Civil Veterinary Dept. Assam report 1927-50 - 1927-1950
Year: 1927
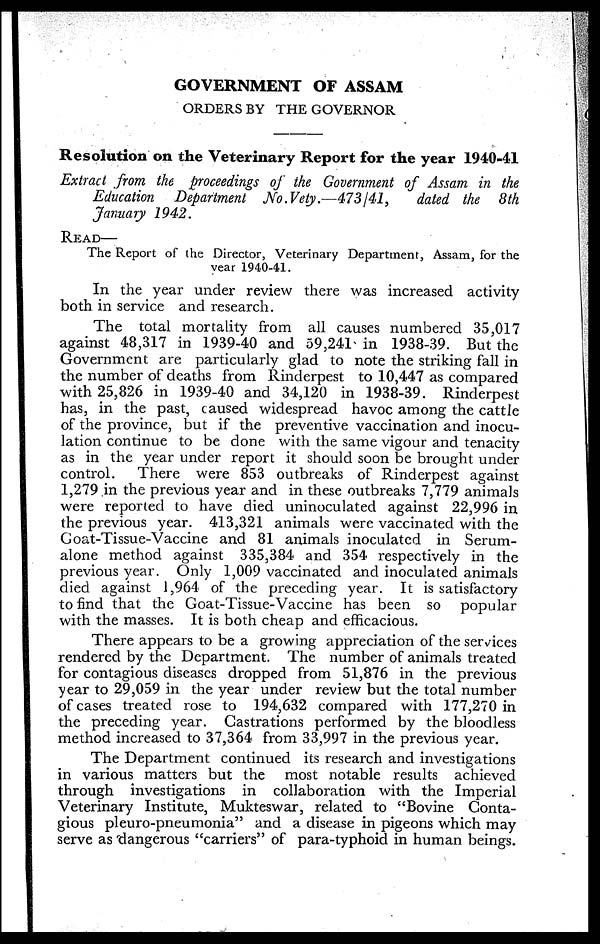
GOVERNMENT OF ASSAM
ORDERS BY THE GOVERNOR
Resolution on the Veterinary Report for the year 1940-41
Extract from the proceedings of the Government of Assam in the
Education Department No.Vety.—473/41,
dated the 8th
January 1942.
READ—
The Report of the Director, Veterinary Department, Assam, for the
year 1940-41.
In the year under review there was increased activity
both in service and research.
The total mortality from all causes numbered 35,017
against 48,317 in 1939-40 and 59,241 in 1938-39. But the
Government are particularly glad to note the striking fall in
the number of deaths from Rinderpest to 10,447 as compared
with 25,826 in 1939-40 and 34,120 in 1938-39. Rinderpest
has, in the past, caused widespread havoc among the cattle
of the province, but if the preventive vaccination and inocu-
lation continue to be done with the same vigour and tenacity
as in the year under report it should soon be brought under
control. There were 853 outbreaks of Rinderpest against
1,279 in the previous year and in these outbreaks 7,779 animals
were reported to have died uninoculated against 22,996 in
the previous year. 413,321 animals were vaccinated with the
Goat-Tissue-Vaccine and 81 animals inoculated in Serum-
alone method against 335,384 and 354 respectively in the
previous year. Only 1,009 vaccinated and inoculated animals
died against 1,964 of the preceding year. It is satisfactory
to find that the Goat-Tissue-Vaccine has been so popular
with the masses. It is both cheap and efficacious.
There appears to be a growing appreciation of the services
rendered by the Department. The number of animals treated
for contagious diseases dropped from 51,876 in the previous
year to 29,059 in the year under review but the total number
of cases treated rose to 194,632 compared with 177,270 in
the preceding year. Castrations performed by the bloodless
method increased to 37,364 from 33,997 in the previous year.
The Department continued its research and investigations
in various matters but the most notable results achieved
through investigations in collaboration with the Imperial
Veterinary Institute, Mukteswar, related to "Bovine Conta-
gious pleuro-pneumonia" and a disease in pigeons which may
serve as dangerous "carriers" of para-typhoid in human beings.